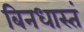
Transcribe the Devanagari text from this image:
बिनधास्तं